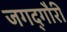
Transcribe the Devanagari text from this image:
जगद्‌गौरी